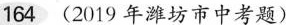
164 (2019 年潍坊市中考题)